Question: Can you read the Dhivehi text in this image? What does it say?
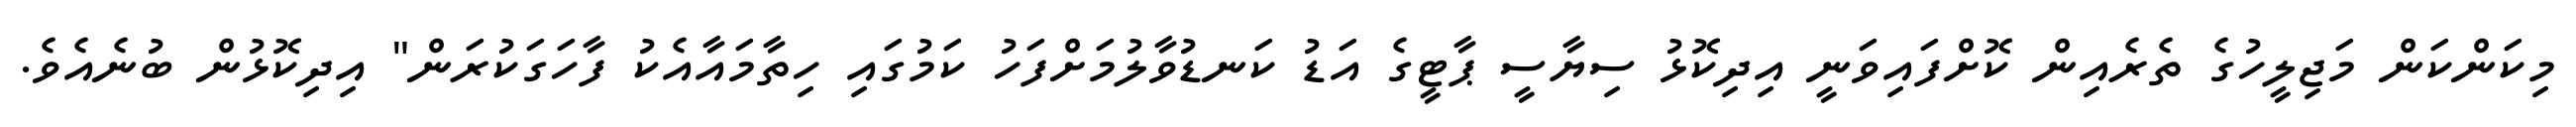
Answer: މިކަންކަން މަޖިލީހުގެ ތެރެއިން ކޮށްފައިވަނީ އިދިކޮޅު ސިޔާސީ ޕާޓީގެ އަޑު ކަނޑުވާލުމަށްފަހު ކަމުގައި ހިތާމައާއެކު ފާހަގަކުރަން" އިދިކޮޅުން ބުނެއެވެ.